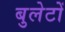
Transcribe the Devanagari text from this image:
बुलेटों